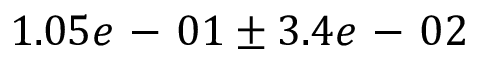
1 . 0 5 e \mathrm { ~ - ~ } 0 1 \pm 3 . 4 e \mathrm { ~ - ~ } 0 2